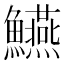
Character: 𩽒